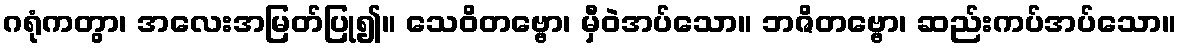
ဂရုံကတွာ၊ အလေးအမြတ်ပြု၍။ သေဝိတဗ္ဗော၊ မှီဝဲအပ်သော။ ဘဇိတဗ္ဗော၊ ဆည်းကပ်အပ်သော။